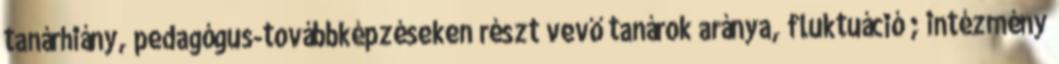
tanárhiány, pedagógus-továbbképzéseken részt vevő tanárok aránya, fluktuáció ; intézmény